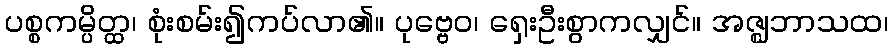
ပစ္စကမ္ပိတ္ထ၊ စုံးစမ်း၍ကပ်လာ၏။ ပုဗ္ဗေဝ၊ ရှေးဦးစွာကလျှင်။ အဇ္ဈဘာသထ၊